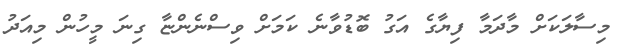
މިސާލަކަށް މާދަމާ ފިޔާގެ އަގު ބޮޑުވާނެ ކަމަށް ވިސްނެންޏާ ގިނަ މީހުން މިއަދު